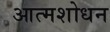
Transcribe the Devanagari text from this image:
आत्मशोधन